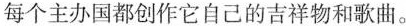
每个主办国都创作它自己的吉祥物和歌曲.